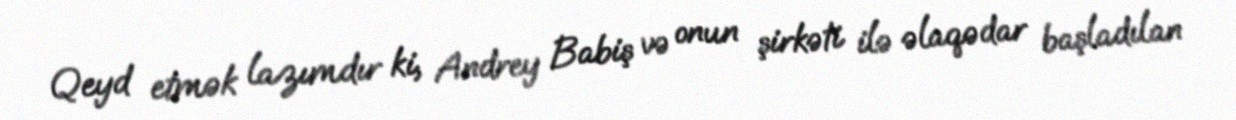
Qeyd etmək lazımdır ki, Andrey Babiş və onun şirkəti ilə əlaqədar başladılan